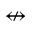
\nleftrightarrow